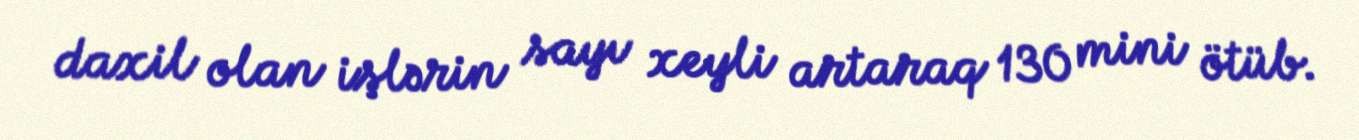
daxil olan işlərin sayı xeyli artaraq 130 mini ötüb.